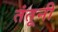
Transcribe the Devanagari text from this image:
तंतूनी